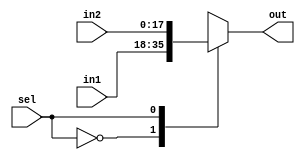
`timescale 1ns / 1ps
//////////////////////////////////////////////////////////////////////////////////
// Company: 
// Engineer: 
// 
// Design Name: 
// Module Name: Mux2x1
// Project Name: 
// Target Devices: 
// Tool Versions: 
// Description: 
// 
// Dependencies: 
// 
// Revision:
// Revision 0.01 - File Created
// Additional Comments:
// 
//////////////////////////////////////////////////////////////////////////////////


module Mux2x1#(parameter width=18)
(
    input [width-1 :0] in1,in2,
    input sel,
    output reg [width-1 :0] out
);

always@(*) begin
case(sel)
	1'b0: out=in1;
	1'b1: out=in2;
	default: out=width-1 'b0; 
endcase
end
endmodule